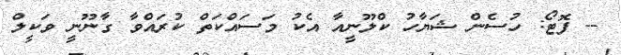
-- ފޮޓޯ: ހުސެން ޝަޔާހު ކްލޫނީއާ އެކު މަސައްކަތް ކުރައްވާ ގާނޫނީ ވަކީލް